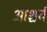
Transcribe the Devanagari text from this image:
आश्चर्च